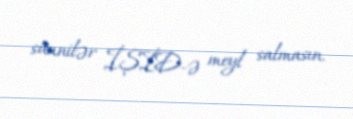
sünnilər İŞİD-ə meyl salmasın.